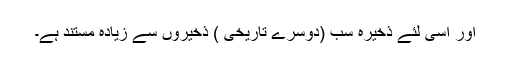
اور اسی لئے ذخیرہ سب (دوسرے تاریخی ) ذخیروں سے زیادہ مستند ہے۔